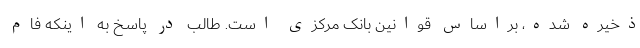
ذخیره شده، براساس قوانین بانک مرکزی است. طالب در پاسخ به اینکه فام